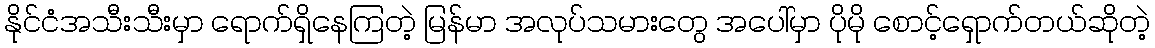
နိုင်ငံအသီးသီးမှာ ရောက်ရှိနေကြတဲ့ မြန်မာ အလုပ်သမားတွေ အပေါ်မှာ ပိုမို စောင့်ရှောက်တယ်ဆိုတဲ့